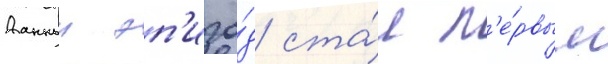
Данныи эп'изо́д ста́л п'е́рвым